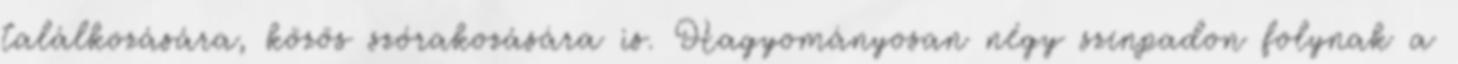
találkozására, közös szórakozására is. Hagyományosan négy színpadon folynak a